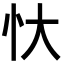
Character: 忕